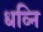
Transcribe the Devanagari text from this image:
धव्नि